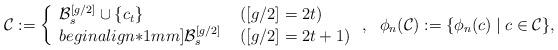
LaTeX: \begin{align*}& \mathcal{C} := \left\{ \begin{array}{ll} \displaystyle \mathcal{B}_s^{[g/2]}\cup \{c_t\} & \ ([g/2]=2t) \\begin{align*}1mm] \displaystyle \mathcal{B}_s^{[g/2]} & \ ([g/2]=2t+1) \end{array} \right.,\ \ \phi_n(\mathcal{C}):=\{\phi_n(c) \mid c\in \mathcal{C}\},\end{align*}